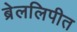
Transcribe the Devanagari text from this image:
ब्रेललिपीत